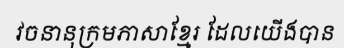
វចនានុក្រមភាសាខ្មែរ ដែលយើងបាន